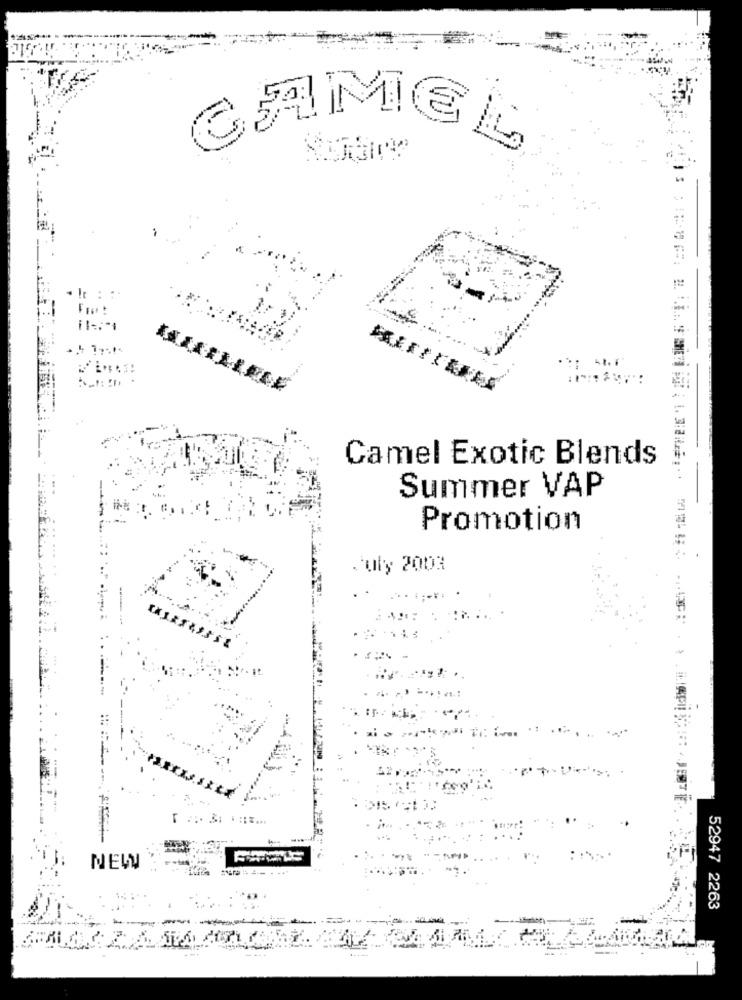
CAMEL
Camel Exotic Blends
Summer VAP
Promotion
.july 2003
F
NEW
52947 2263
-